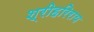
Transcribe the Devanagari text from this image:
श्रीहरिराय